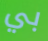
بي